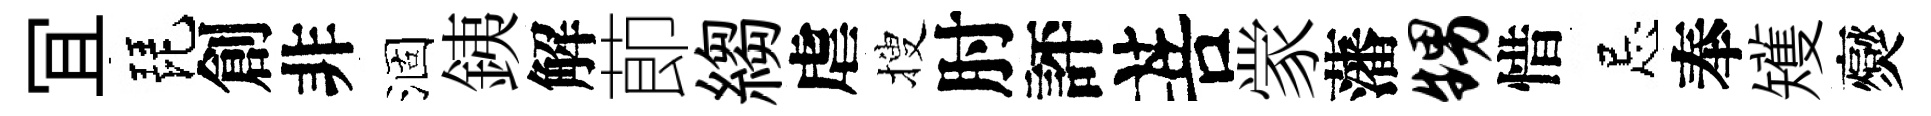
冝琵創非涸銕解莭縐虐搜肘評菩䝉藩甥惜忌奉矱爕